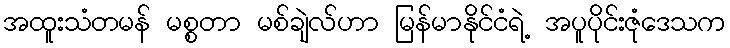
အထူးသံတမန် မစ္စတာ မစ်ချဲလ်ဟာ မြန်မာနိုင်ငံရဲ့ အပူပိုင်းဇုံဒေသက